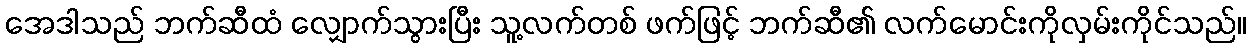
အေဒါသည် ဘက်ဆီထံ လျှောက်သွားပြီး သူ့လက်တစ် ဖက်ဖြင့် ဘက်ဆီ၏ လက်မောင်းကိုလှမ်းကိုင်သည်။